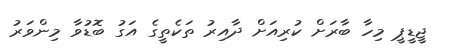
ޖީޑީޕީ މިހާ ބާރަށް ކުރިއަށް ދާއިރު ތަކެތީގެ އަގު ބޮޑުވާ މިންވަރު